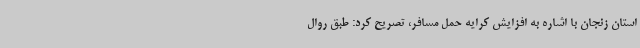
استان زنجان با اشاره به افزایش کرایه حمل مسافر، تصریح کرد: طبق روال